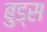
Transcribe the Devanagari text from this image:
बुड्‌स